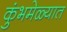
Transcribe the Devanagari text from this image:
कुंभमेळ्यात